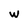
Character: w